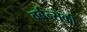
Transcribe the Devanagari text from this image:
वर्बन्सकी